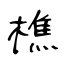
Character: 樵